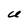
Character: u